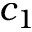
c _ { 1 }